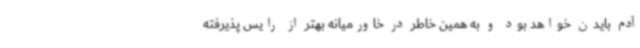
آدم بایدن خواهد بود و به همین خاطر در خاورمیانه بهتر از رایس پذیرفته